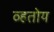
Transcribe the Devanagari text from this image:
व्हतोय